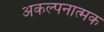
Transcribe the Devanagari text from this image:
अकल्पनात्मक